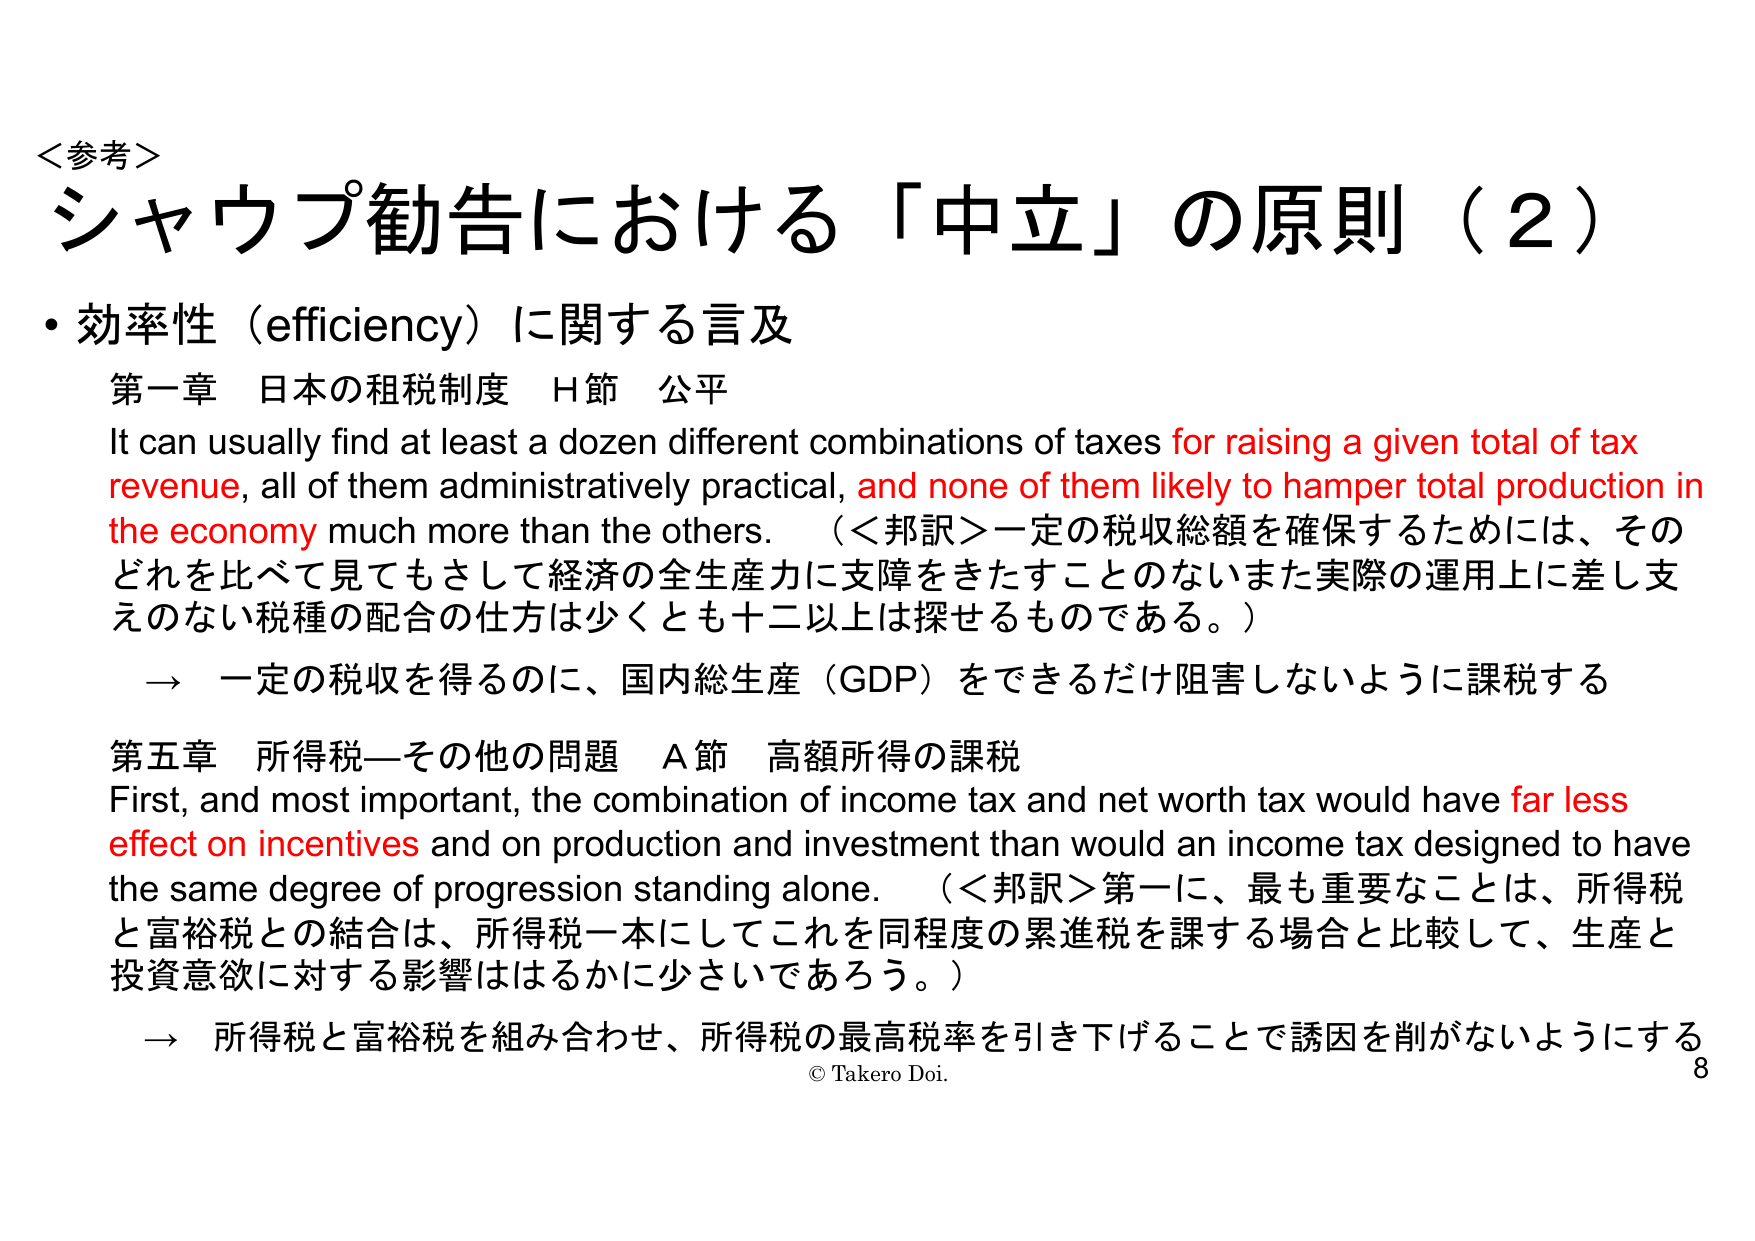
＜参考＞
シャウプ勧告における「中立」の原則（2）

・効率性（efficiency）に関する言及
第一章 日本の租税制度 H節 公平
It can usually find at least a dozen different combinations of taxes for raising a given total of tax revenue, all of them administratively practical, and none of them likely to hamper total production in the economy much more than the others. （＜邦訳＞一定の税収総額を確保するためには、そのどれを比べて見てもさして経済の全生産力に支障をきたすことのないまた実際の運用上に差し支えのない税種の配合の仕方は少なくとも十二以上は探せるものである。）
→ 一定の税収を得るのに、国内総生産（GDP）をできるだけ阻害しないように課税する

第五章 所得税―その他の問題 A節 高額所得の課税
First, and most important, the combination of income tax and net worth tax would have far less effect on incentives and on production and investment than would an income tax designed to have the same degree of progression standing alone. （＜邦訳＞第一に、最も重要なことは、所得税と富裕税との結合は、所得税一本にしてこれを同程度の累進税を課する場合と比較して、生産と投資意欲に対する影響ははるかに小さいであろう。）
→ 所得税と富裕税を組み合わせ、所得税の最高税率を引き下げることで誘因を削がないようにする

© Takero Doi.
8